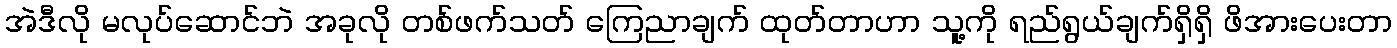
အဲဒီလို မလုပ်ဆောင်ဘဲ အခုလို တစ်ဖက်သတ် ကြေညာချက် ထုတ်တာဟာ သူ့ကို ရည်ရွယ်ချက်ရှိရှိ ဖိအားပေးတာ